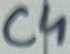
Text: C4